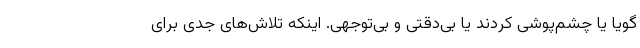
گویا یا چشم‌پوشی کردند یا بی‌دقتی و بی‌توجهی. اینکه تلاش‌های جدی برای